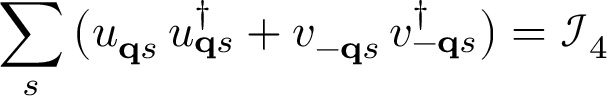
\sum _ { s } \big ( u _ { { \bf q } s } \, u _ { { \bf q } s } ^ { \dagger } + v _ { - { \bf q } s } \, v _ { - { \bf q } s } ^ { \dagger } \big ) = \mathcal { I } _ { 4 }